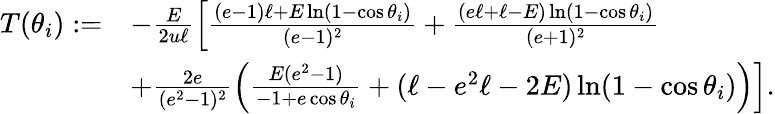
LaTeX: \begin{array}{rl}{T(\theta_{i}):=}&{-\frac{E}{2u\ell}\left[\frac{(e-1)\ell+E\ln(1-\cos\theta_{i})}{(e-1)^{2}}+\frac{(e\ell+\ell-E)\ln(1-\cos\theta_{i})}{(e+1)^{2}}\right.}\\ &{\left.+\frac{2e}{(e^{2}-1)^{2}}\left(\frac{E(e^{2}-1)}{-1+e\cos\theta_{i}}+(\ell-e^{2}\ell-2E)\ln(1-\cos\theta_{i})\right)\right].}\end{array}